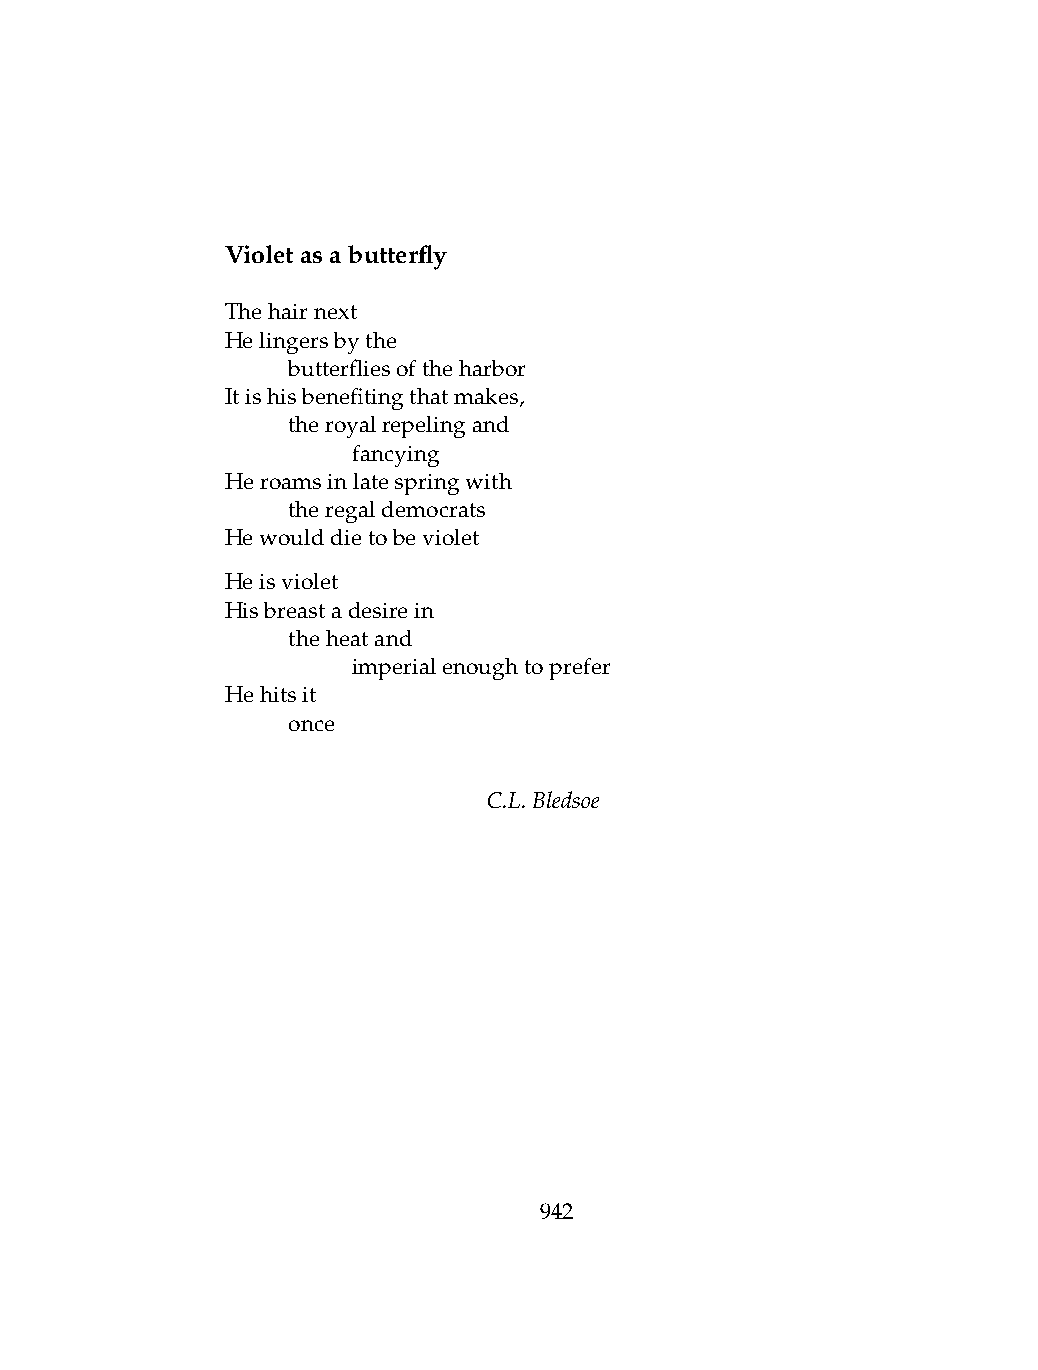
Violetasabutterfly
 Thehairnext
 Helingersbythe
 .   butterfliesoftheharbor
 Itishisbenefitingthatmakes,
 .   theroyalrepelingand
 .   .   fancying
 Heroamsinlatespringwith
 .   theregaldemocrats
 Hewoulddietobeviolet
 Heisviolet
 Hisbreastadesirein
 .   theheatand
 .   .   imperialenoughtoprefer
 Hehitsit
 .   once
 C.L.Bledsoe
 942